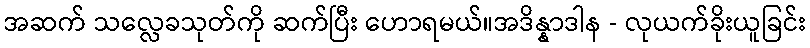
အဆက် သလ္လေခသုတ်ကို ဆက်ပြီး ဟောရမယ်။အဒိန္နာဒါန - လုယက်ခိုးယူခြင်း